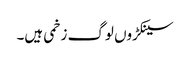
سینکڑوں لوگ زخمی ہیں۔